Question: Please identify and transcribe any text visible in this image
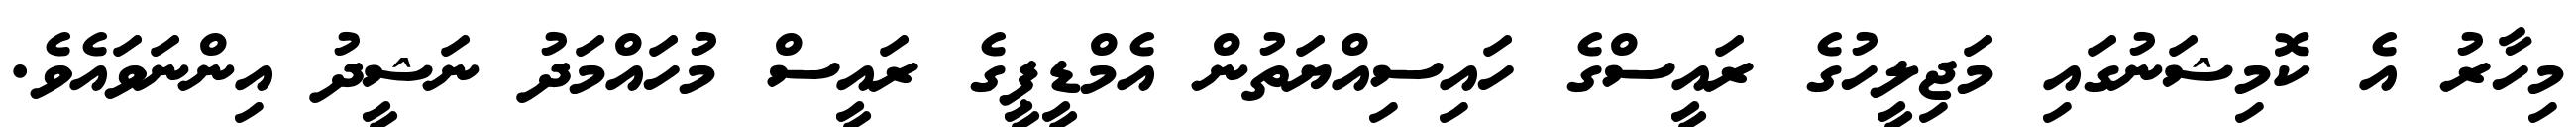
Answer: މިހާރު އެ ކޮމިޝަނުގައި މަޖިލީހުގެ ރައީސްގެ ހައިސިއްޔަތުން އެމްޑީޕީގެ ރައީސް މުހައްމަދު ނަޝީދު އިންނަވައެވެ.